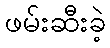
ဖမ်းဆီးခဲ့